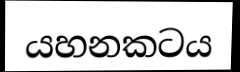
යහනකටය